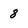
Character: 8